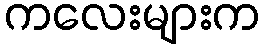
ကလေးများက